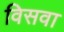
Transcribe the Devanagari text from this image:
विसवा